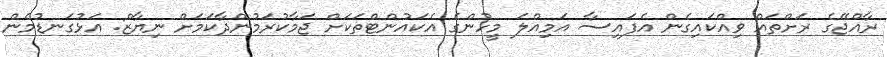
ރާއްޖޭގެ ރަށްތައް ވިއްކައިގެން އެފައިސާ އަމިއްލަ މީހުންގެ އެކައުންޓްތަކަށް ޖަމާކުރަމުންދާކަމަށް ނިޔާޒް: އަޅުގަނޑުމެން